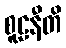
စူဠနီတိ